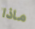
ماذا